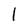
Character: l